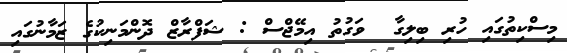
މިސްކިތުގައި ހުރި ބިލިގާ  ވަގުތު އިމޭޖްސް : ޝަފްރާޒް ދޮންމަނިކުގެ ޒަމާނުގައި